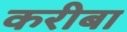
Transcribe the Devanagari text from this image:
करीबा